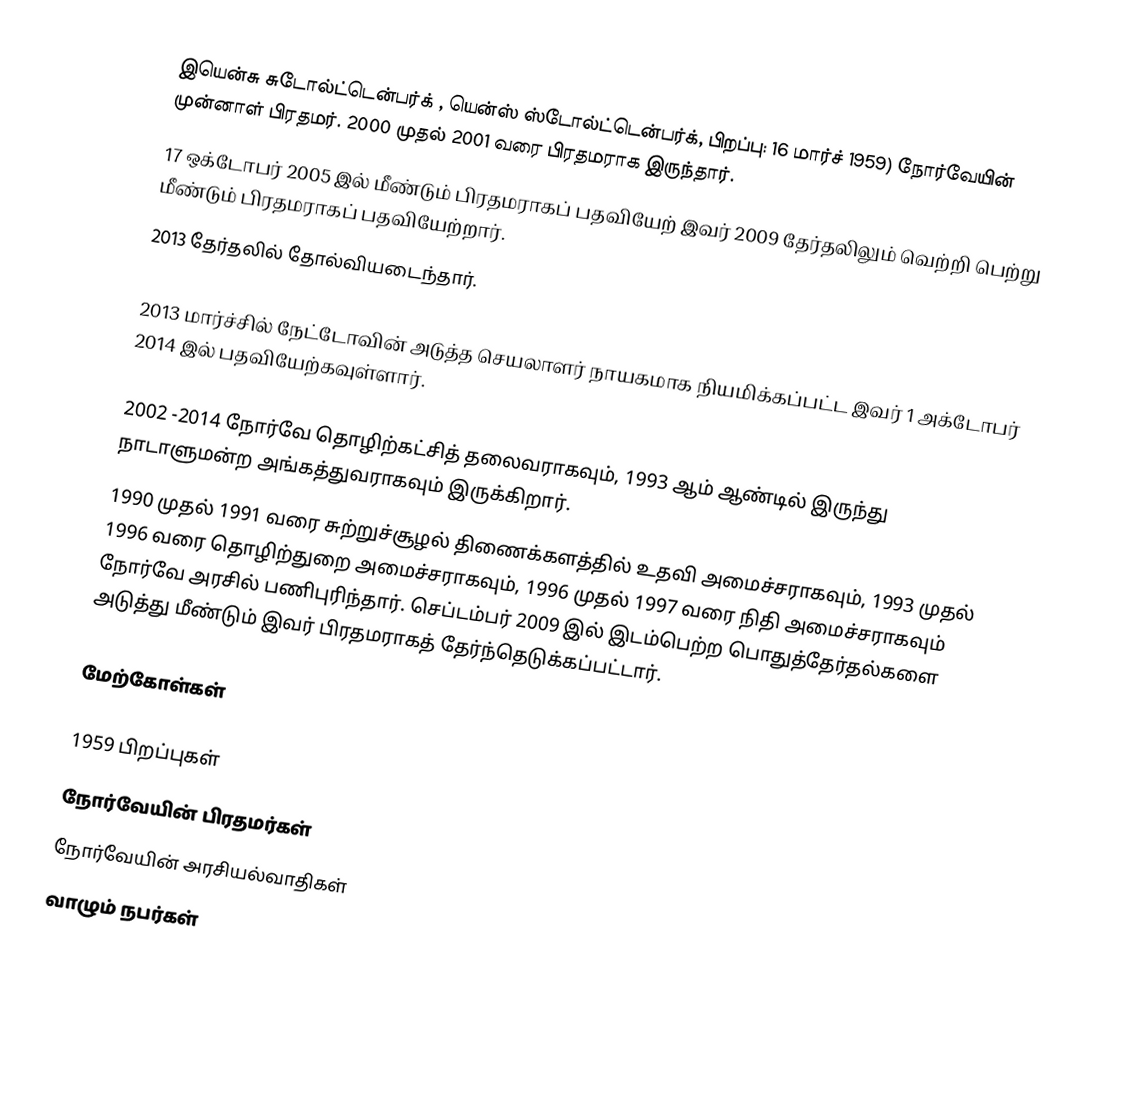
இயென்சு சுடோல்ட்டென்பர்க் , யென்ஸ் ஸ்டோல்ட்டென்பர்க், பிறப்பு: 16 மார்ச் 1959) நோர்வேயின் முன்னாள் பிரதமர். 2000 முதல் 2001 வரை பிரதமராக இருந்தார்.
17 ஒக்டோபர் 2005 இல் மீண்டும் பிரதமராகப் பதவியேற் இவர் 2009 தேர்தலிலும் வெற்றி பெற்று மீண்டும் பிரதமராகப் பதவியேற்றார்.
2013 தேர்தலில் தோல்வியடைந்தார்.

2013 மார்ச்சில் நேட்டோவின் அடுத்த செயலாளர் நாயகமாக நியமிக்கப்பட்ட இவர் 1 அக்டோபர் 2014 இல் பதவியேற்கவுள்ளார்.

 2002 -2014 நோர்வே தொழிற்கட்சித் தலைவராகவும், 1993 ஆம் ஆண்டில் இருந்து நாடாளுமன்ற அங்கத்துவராகவும் இருக்கிறார்.
1990 முதல் 1991 வரை சுற்றுச்சூழல் திணைக்களத்தில் உதவி அமைச்சராகவும், 1993 முதல் 1996 வரை தொழிற்துறை அமைச்சராகவும், 1996 முதல் 1997 வரை நிதி அமைச்சராகவும் நோர்வே அரசில் பணிபுரிந்தார். செப்டம்பர் 2009 இல் இடம்பெற்ற பொதுத்தேர்தல்களை அடுத்து மீண்டும் இவர் பிரதமராகத் தேர்ந்தெடுக்கப்பட்டார்.

மேற்கோள்கள்

1959 பிறப்புகள்
நோர்வேயின் பிரதமர்கள்
நோர்வேயின் அரசியல்வாதிகள்
வாழும் நபர்கள்